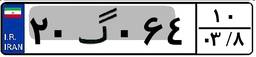
۲۰گ۰۶۴۱۰